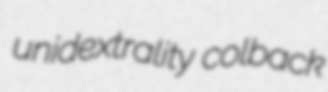
unidextrality colback